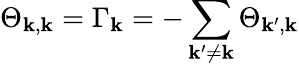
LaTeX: \Theta_{\boldsymbol{\mathbf{k}},\boldsymbol{\mathbf{k}}}=\Gamma_{\boldsymbol{\mathbf{k}}}=-\sum_{\boldsymbol{\mathbf{k}}^{\prime}\neq\boldsymbol{\mathbf{k}}}\Theta_{\boldsymbol{\mathbf{k}}^{\prime},\boldsymbol{\mathbf{k}}}